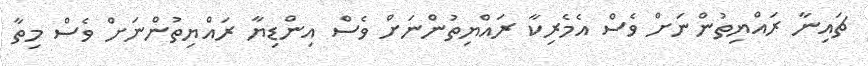
ޗައިނާ ރައްޔިތުންނަށް ވެސް އެމެރިކާ ރައްޔިތުންނަށް ވެސް އިންޑިޔާ ރައްޔިތުންނަށް ވެސް މިތާ